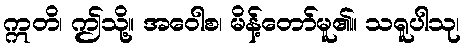
ဣတိ၊ ဤသို့။ အဝေါစ၊ မိန့်တော်မူ၏။ သရူပါသု၊